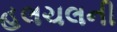
હલચલની